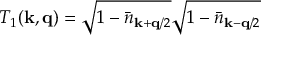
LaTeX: T _ { 1 } ( { \bf { k } } , { \bf { q } } ) = \sqrt { 1 - { \bar { n } } _ { { \bf { k } } + { \bf { q } } / 2 } } \sqrt { 1 - { \bar { n } } _ { { \bf { k } } - { \bf { q } } / 2 } }